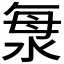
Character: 𣴴